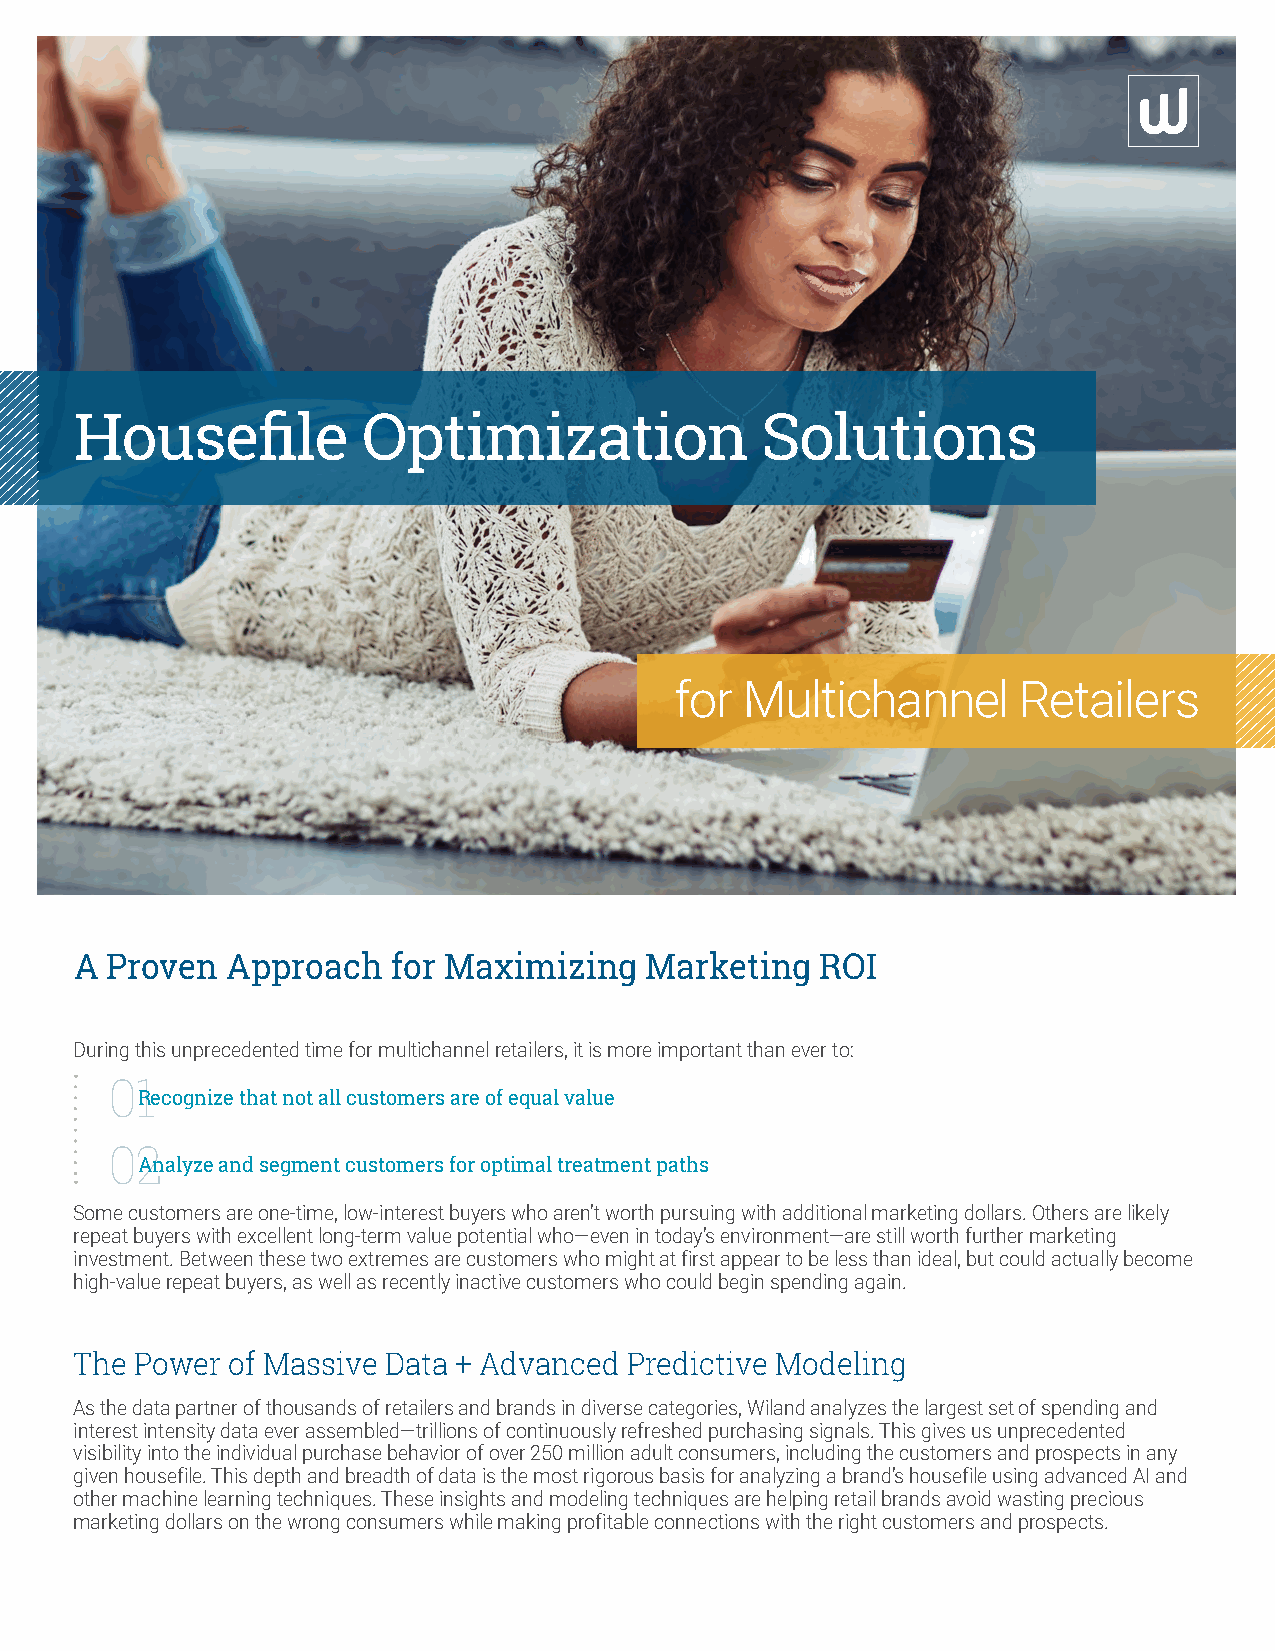
Housefile          Optimization              Solutions
 for Multichannel       Retailers
 A Proven  Approach   for Maximizing   Marketing  ROI
 During this unprecedented time for multichannel retailers, it is more important than ever to:
 01
 Recognize that not all customers are of equal value
 02
 Analyze and segment customers for optimal treatment paths
 Some customers are one-time, low-interest buyers who aren’t worth pursuing with additional marketing dollars. Others are likely
 repeat buyers with excellent long-term value potential who—even in today’s environment—are still worth further marketing
 investment. Between these two extremes are customers who might at first appear to be less than ideal, but could actually become
 high-value repeat buyers, as well as recently inactive customers who could begin spending again.
 The Power of Massive Data + Advanced Predictive Modeling
 As the data partner of thousands of retailers and brands in diverse categories, Wiland analyzes the largest set of spending and
 interest intensity data ever assembled—trillions of continuously refreshed purchasing signals. This gives us unprecedented
 visibility into the individual purchase behavior of over 250 million adult consumers, including the customers and prospects in any
 given housefile. This depth and breadth of data is the most rigorous basis for analyzing a brand’s housefile using advanced AI and
 other machine learning techniques. These insights and modeling techniques are helping retail brands avoid wasting precious
 marketing dollars on the wrong consumers while making profitable connections with the right customers and prospects.